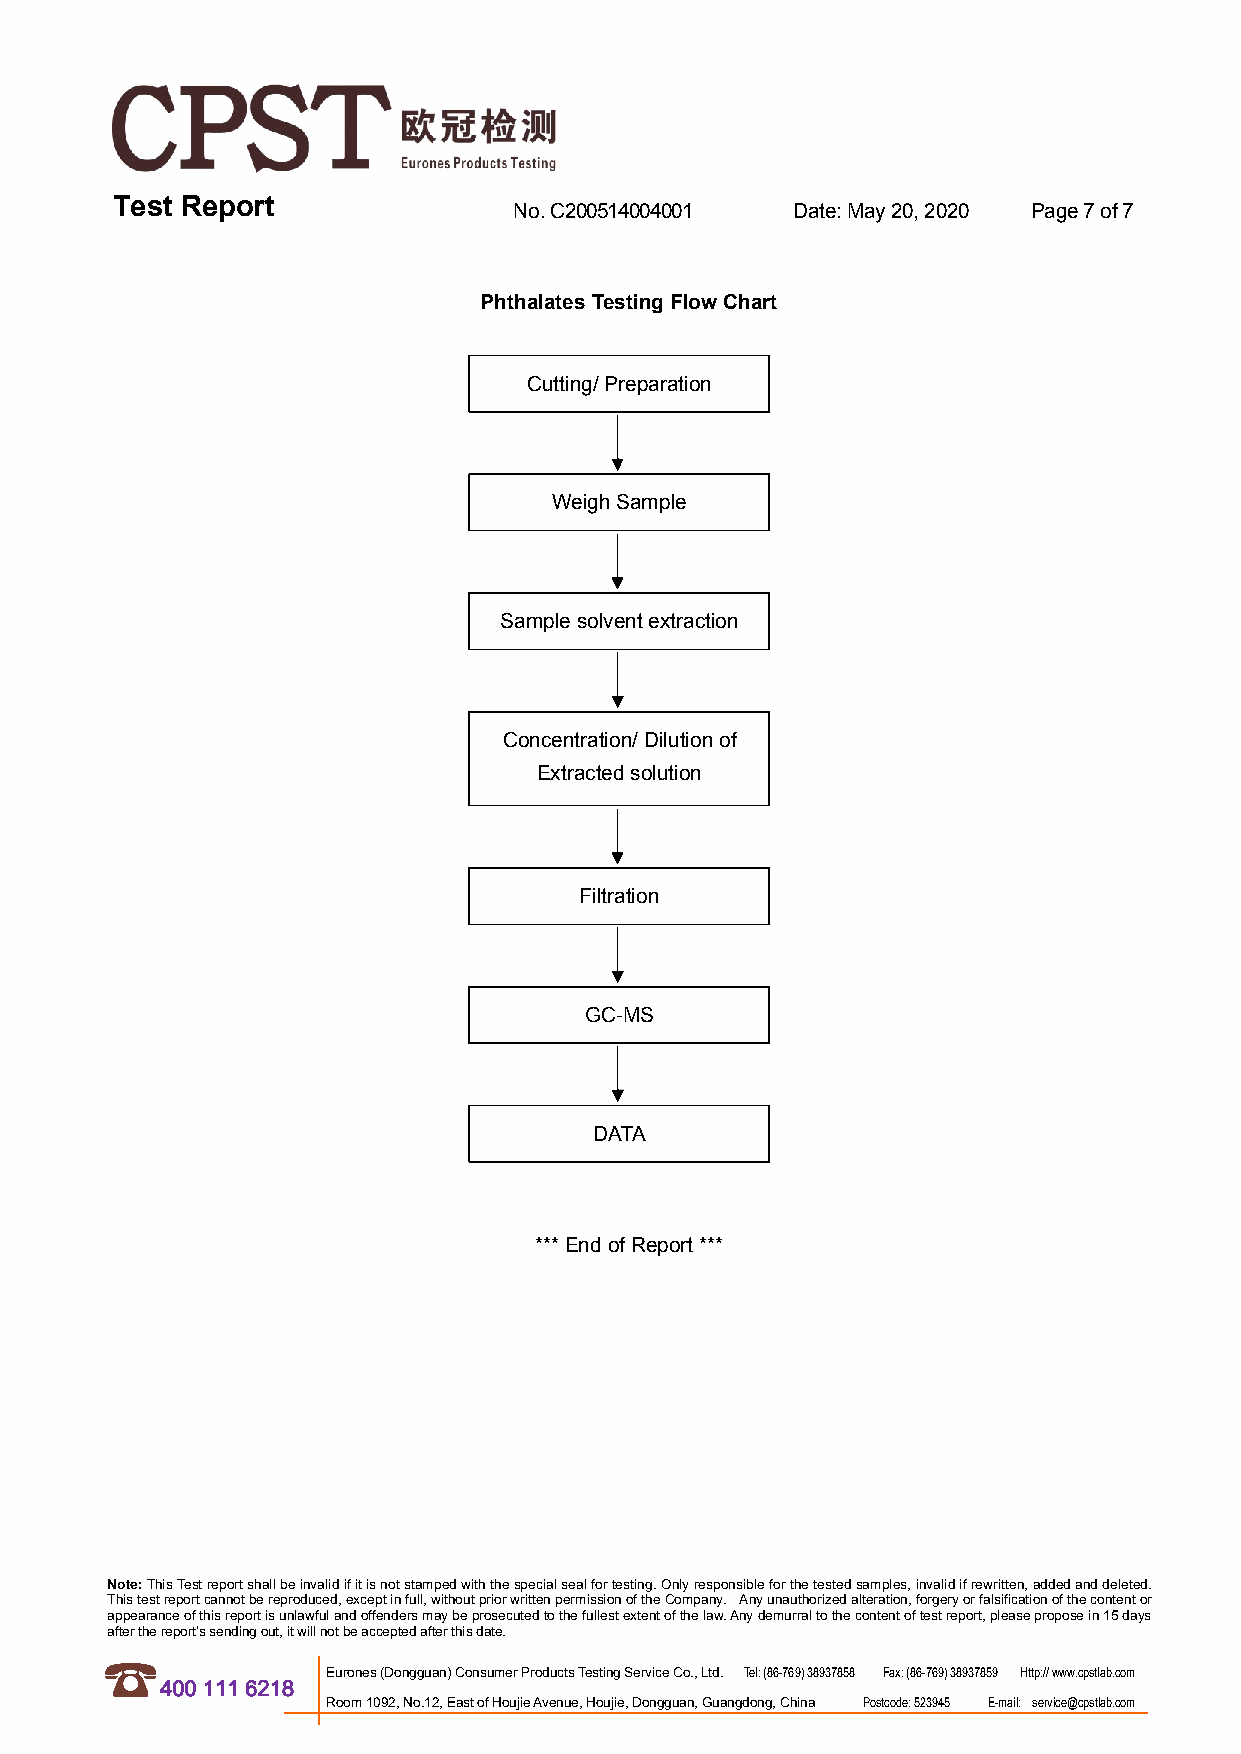
Test Report                No.C200514004001  Date:May20,2020 Page7of7
 PhthalatesTestingFlowChart
 Cutting/Preparation
 WeighSample
 Samplesolventextraction
 Concentration/Dilutionof
 Extractedsolution
 Filtration
 GC-MS
 DATA
 ***EndofReport***
 Note:ThisTestreportshallbeinvalidifitisnotstampedwiththespecialsealfortesting.Onlyresponsibleforthetestedsamples,invalidifrewritten,addedanddeleted.
 Thistestreportcannotbereproduced,exceptinfull,withoutpriorwrittenpermissionoftheCompany. Anyunauthorizedalteration,forgeryorfalsificationofthecontentor
 appearanceofthisreportisunlawfulandoffendersmaybeprosecutedtothefullestextentofthelaw.Anydemurraltothecontentoftestreport,pleaseproposein15days
 afterthereport’ssendingout,itwillnotbeacceptedafterthisdate.
 Eurones(Dongguan)ConsumerProductsTestingServiceCo.,Ltd. Tel:(86-769)38937858 Fax:(86-769)38937859 Http://www.cpstlab.com
 4001116218
 Room1092,No.12,EastofHoujieAvenue,Houjie,Dongguan,Guangdong,China Postcode:523945 E-mail: service@cpstlab.com